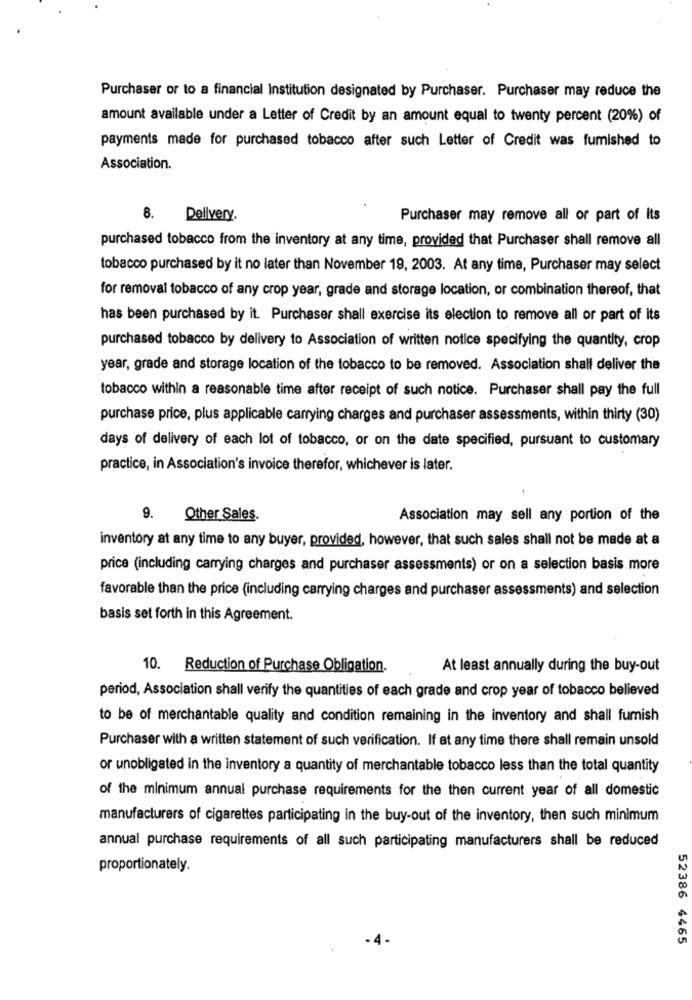
Purchaser or to a financial Institution designated by Purchaser. Purchaser may reduce the
amount available under a Letter of Credit by an amount equal to twenty percent (20%) of
payments made for purchased tobacco after such Letter of Credit was fumished to
Association.
8.
Delivery.
Purchaser may remove all or part of its
purchased tobacco from the inventory at any time, provided that Purchaser shall remove all
tobacco purchased by it no later than November 19, 2003. At any time, Purchaser may select
for removal tobacco of any crop year, grade and storage location, or combination thereof, that
has been purchased by it. Purchaser shall exercise its election to remove all or part of its
purchased tobacco by delivery to Association of written notice specifying the quantity, crop
year, grade and storage location of the tobacco to be removed. Association shall deliver the
tobacco within a reasonable time after receipt of such notice. Purchaser shall pay the full
purchase price, plus applicable carrying charges and purchaser assessments, within thirty (30)
days of delivery of each lot of tobacco, or on the date specified, pursuant to customary
practice, in Association's invoice therefor, whichever is later.
9.
Other Sales.
Association may sell any portion of the
inventory at any time to any buyer, provided, however, that such sales shall not be made at a
price (including carrying charges and purchaser assessments) or on a selection basis more
favorable than the price (including carrying charges and purchaser assessments) and selection
basis set forth in this Agreement.
10. Reduction of Purchase Obligation.
At least annually during the buy-out
period, Association shall verify the quantities of each grade and crop year of tobacco believed
to be of merchantable quality and condition remaining in the inventory and shall fumish
Purchaser with a written statement of such verification. If at any time there shall remain unsold
or unobligated in the inventory a quantity of merchantable tobacco less than the total quantity
of the minimum annual purchase requirements for the then current year of all domestic
manufacturers of cigarettes participating in the buy-out of the inventory, then such minimum
annual purchase requirements of all such participating manufacturers shall be reduced
proportionately.
52386 4465